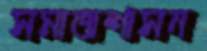
সমাজশাসন